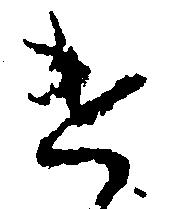
け